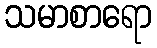
သမာစာရော